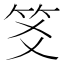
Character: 笅